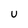
Character: U